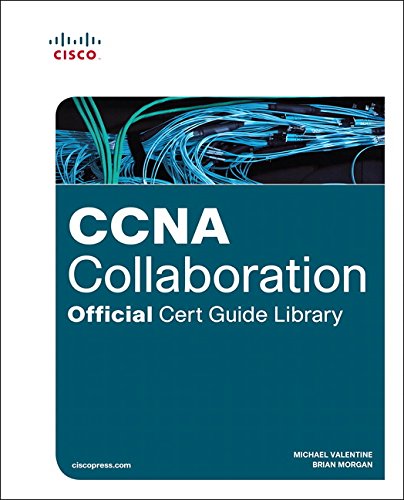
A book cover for CCNA Collaboration Official Cert Guide Library (Exams CICD 210-060 and CIVND 210-065); Michael Valentine; Computers & Technology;